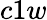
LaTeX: c1w